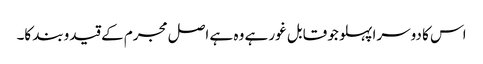
اس کا دوسرا پہلو جو قابل غور ہے وہ ہے اصل مجرم کے قیدوبند کا۔